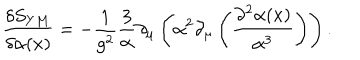
LaTeX: \frac { \delta S _ { Y M } } { \delta \alpha ( x ) } = - \frac { 1 } { g ^ { 2 } } \frac { 3 } { \alpha } \partial _ { \mu } \left( \alpha ^ { 2 } \partial _ { \mu } \left( \frac { \partial ^ { 2 } \alpha ( x ) } { \alpha ^ { 3 } } \right) \right) .